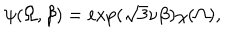
\psi ( \Omega , \beta ) = \mathrm { e x p } ( \sqrt { 3 } \nu \beta ) \chi ( \Omega ) ,